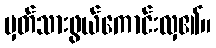
မှတ်သားဖွယ်ကောင်းလှ၏။